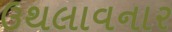
ઉથલાવનાર